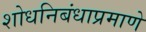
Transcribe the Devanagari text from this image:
शोधनिबंधाप्रमाणे